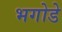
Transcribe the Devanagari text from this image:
भगोडे